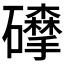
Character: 𥗘